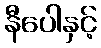
နီပေါနှင့်